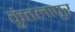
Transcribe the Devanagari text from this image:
कुंतलापूर